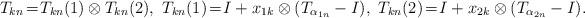
LaTeX: \begin{align*}T_{kn}\!=\!T_{kn}(1)\otimes T_{kn}(2),\,\,T_{kn}(1)\!=\!I+x_{1k}\otimes (T_{\alpha_{1n}}-I),\,\,T_{kn}(2)\!=\!I+x_{2k}\otimes (T_{\alpha_{2n}}-I).\end{align*}